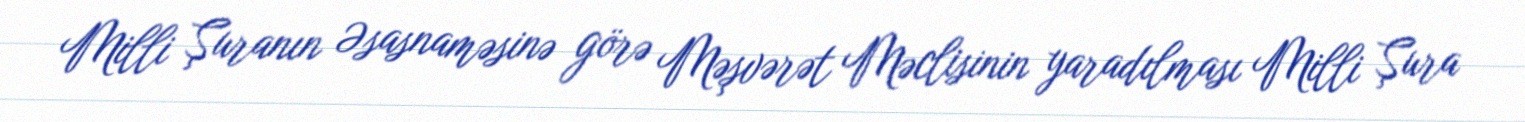
Milli Şuranın Əsasnaməsinə görə Məşvərət Məclisinin yaradılması Milli Şura